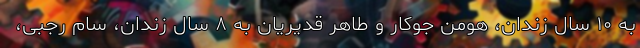
به ۱۰ سال زندان، هومن جوکار و طاهر قدیریان به ۸ سال زندان، سام رجبی،